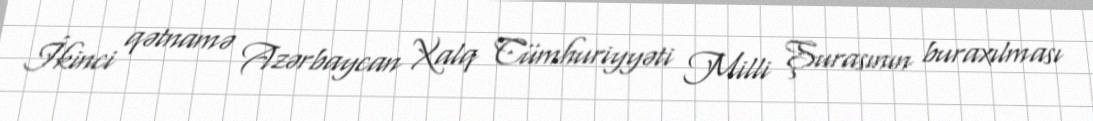
İkinci qətnamə Azərbaycan Xalq Cümhuriyyəti Milli Şurasının buraxılması